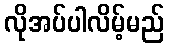
လိုအပ်ပါလိမ့်မည်